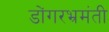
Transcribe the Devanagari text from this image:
डोंगरभ्रमंती